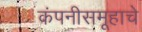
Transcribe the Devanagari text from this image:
कंपनीसमूहाचे